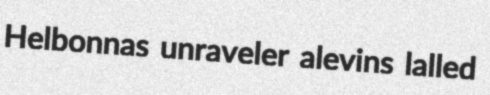
Helbonnas unraveler alevins lalled